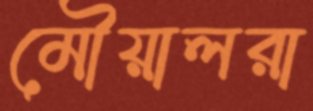
মৌয়ালরা